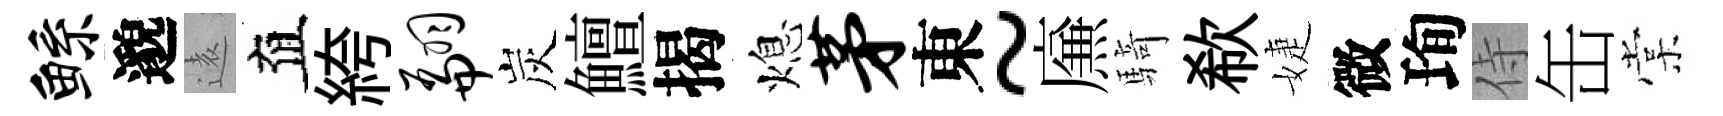
鲧邈逺直絝翩炭鱣揭熄茅東~㢘騎欷婕微珣侍缶棠